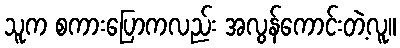
သူက စကားပြောကလည်း အလွန်ကောင်းတဲ့လူ။